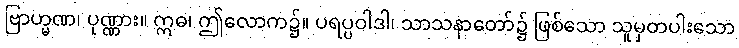
ဗြာဟ္မဏ၊ ပုဏ္ဏား။ ဣဓ၊ ဤလောက၌။ ပရပ္ပဝါဒါ၊ သာသနာတော်၌ ဖြစ်သော သူမှတပါးသော